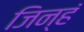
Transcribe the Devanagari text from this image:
जिन्हं